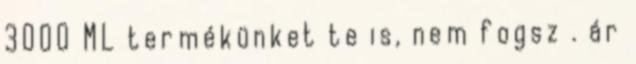
3000 ML termékünket te is, nem fogsz . ár